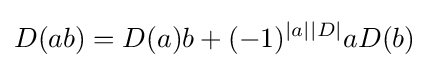
{D(ab)=D(a)b+(-1)^{|a||D|}aD(b)}